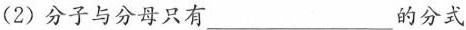
(2)分子与分母只有___的分式